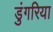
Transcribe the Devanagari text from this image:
डुंगरिया